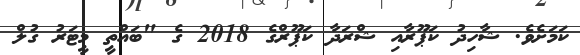
ކަމަށެވެ. ޝާހިދު ކަޕޫރާއި ޝްރަދާ ކަޕޫރްގެ 2018 ގެ "ބައްތީ މީޓަރު ގުލް